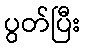
ပွတ်ပြီး